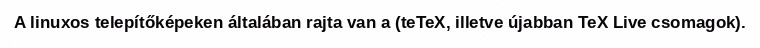
A linuxos telepítőképeken általában rajta van a (teTeX, illetve újabban TeX Live csomagok).